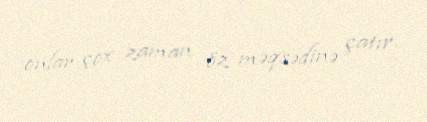
onlar çox zaman öz məqsədinə çatır.